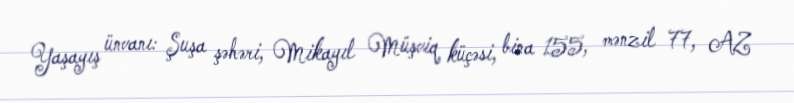
Yaşayış ünvanı: Şuşa şəhəri, Mikayıl Müşviq küçəsi, bina 155, mənzil 77, AZ